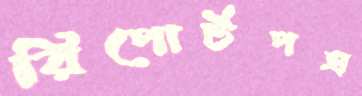
রিপোর্টপত্র